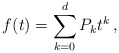
\begin{align*} f(t) = \sum_{k=0}^{d} P_k t^k \,,\end{align*}